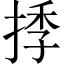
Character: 𢯗